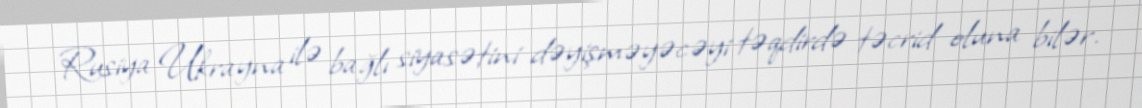
Rusiya Ukrayna ilə bağlı siyasətini dəyişməyəcəyi təqdirdə təcrid oluna bilər.